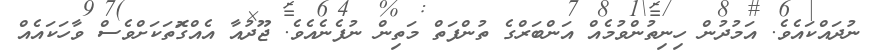
ނުދައްކައެވެ. އަމުދުން ހިނިތުންވުމެއް އަންބަރްގެ ތުންފަތް މަތިން ނުފެނެއެވެ. ޖޫދުއާ އެއްގޮަތަކަށްވެސް ވާހަކައެއް